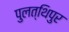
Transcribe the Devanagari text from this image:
पुलत्थिपुर